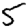
Digit: 5